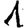
Digit: 1